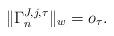
LaTeX: \begin{align*}\|\Gamma^{J,j,\tau}_n \|_w =o_\tau.\end{align*}